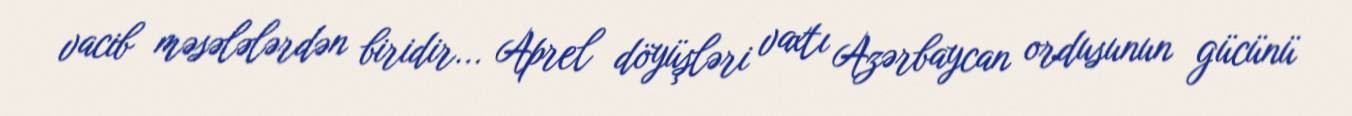
vacib məsələlərdən biridir... Aprel döyüşləri vaxtı Azərbaycan ordusunun gücünü